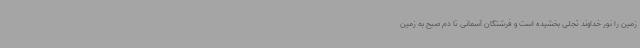
زمین را نور خداوند تجلی بخشیده است و فرشتگان آسمانی تا دم صبح به زمین